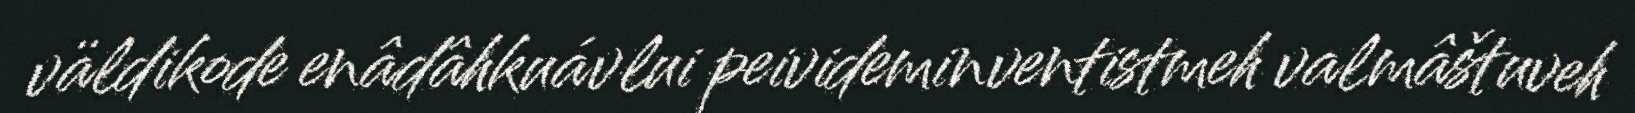
väldikode enâdâhkuávlui peivideminventistmeh valmâštuveh